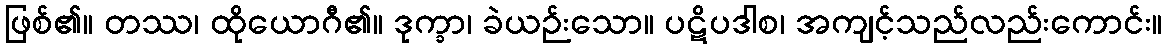
ဖြစ်၏။ တဿ၊ ထိုယောဂီ၏။ ဒုက္ခာ၊ ခဲယဉ်းသော။ ပဋိပဒါစ၊ အကျင့်သည်လည်းကောင်း။